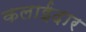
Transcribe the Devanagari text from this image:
कलाईदार